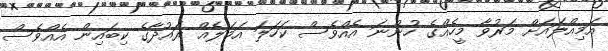
އަމިއްލައަށް މަރުވާ މީހެއްގެ ހުންނަ އެއްވެސް ކަހަަލަ އަމަލެއް ރައުދާގެ ކިބައިން އެއްވެސް